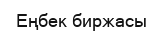
Еңбек биржасы